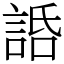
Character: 䛡